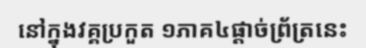
នៅក្នុងវគ្គប្រកួត ១ភាគ៤ផ្តាច់ព្រ័ត្រនេះ